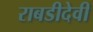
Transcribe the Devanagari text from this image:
राबडीदेवी